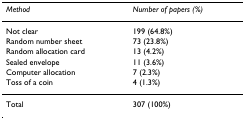
<table><thead><tr><td><b><i>Method</i></b></td><td><b><i>Number of papers (%)</i></b></td></tr></thead><tbody><tr><td>Not clear</td><td>199 (64.8%)</td></tr><tr><td>Random number sheet</td><td>73 (23.8%)</td></tr><tr><td>Random allocation card</td><td>13 (4.2%)</td></tr><tr><td>Sealed envelope</td><td>11 (3.6%)</td></tr><tr><td>Computer allocation</td><td>7 (2.3%)</td></tr><tr><td>Toss of a coin</td><td>4 (1.3%)</td></tr><tr><td>Total</td><td>307 (100%)</td></tr></tbody></table>